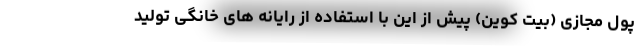
پول مجازی (بیت کوین) پیش از این با استفاده از رایانه های خانگی تولید